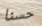
حسنا